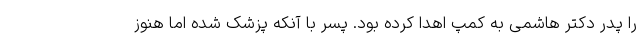
را پدر دکتر هاشمی به کمپ اهدا کرده بود. پسر با آنکه پزشک شده اما هنوز